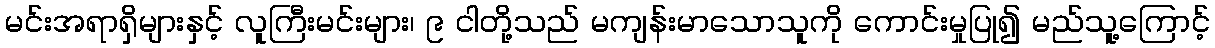
မင်းအရာရှိများနှင့် လူကြီးမင်းများ၊ ၉ ငါတို့သည် မကျန်းမာသောသူကို ကောင်းမှုပြု၍ မည်သူ့ကြောင့်